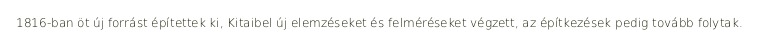
1816-ban öt új forrást építettek ki, Kitaibel új elemzéseket és felméréseket végzett, az építkezések pedig tovább folytak.